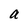
Character: a